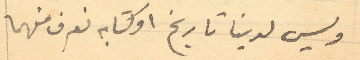
وليس لدينا تاريخ او كتابه نعرف منهما